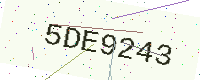
Text: 5DE9243